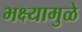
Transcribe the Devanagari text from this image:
भक्ष्यामुळे